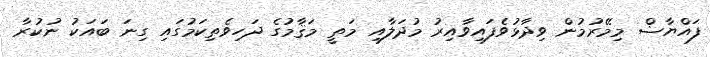
ފައްޔާޟް މިމޭރުމުން ވިދާޅުވެފައިވާއިރު މުދަލާއި މަތީ މަޤާމުގެ ދަހިވެތިކަމުގައި ގިނަ ބައަކު ނުކުރާ